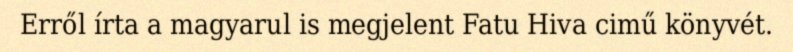
Erről írta a magyarul is megjelent Fatu Hiva cimű könyvét.